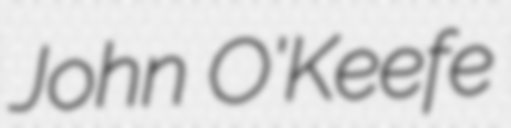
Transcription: John O'Keefe